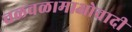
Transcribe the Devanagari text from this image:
चळवळ।माओवादी